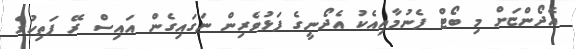
އެދޯންޏަށް މި ބޯޓް ފެނުމާއިއެކު އެދޯނީގެ ފަޅުވެރިން ނަގައިގެން އައިސް ރޭ ފަތިހުގެ